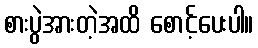
စားပွဲအားတဲ့အထိ စောင့်ပေးပါ။